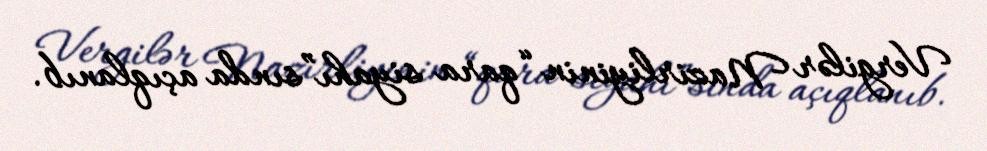
Vergilər Nazirliyinin “qara siyahı”sında açıqlanıb.